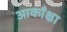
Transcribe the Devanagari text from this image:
आकाँक्षा